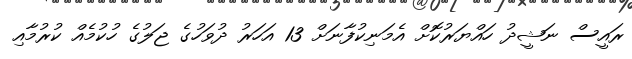
ރައީސް ނަޝީދު ހައްޔަރުކޮށް އެމަނިކުފާނަށް 13 އަހަރު ދުވަހުގެ ޖަލުގެ ހުކުމެއް ކުރުމާއި